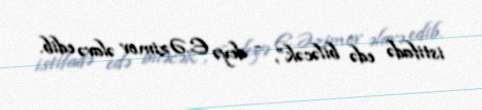
istifadə edə biləcək”, - deyə E.Əzimov əlavə edib.